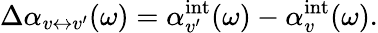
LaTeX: \Delta\alpha_{v\leftrightarrow v^{\prime}}(\omega)=\alpha_{v^{\prime}}^{\mathrm{int}}(\omega)-\alpha_{v}^{\mathrm{int}}(\omega).